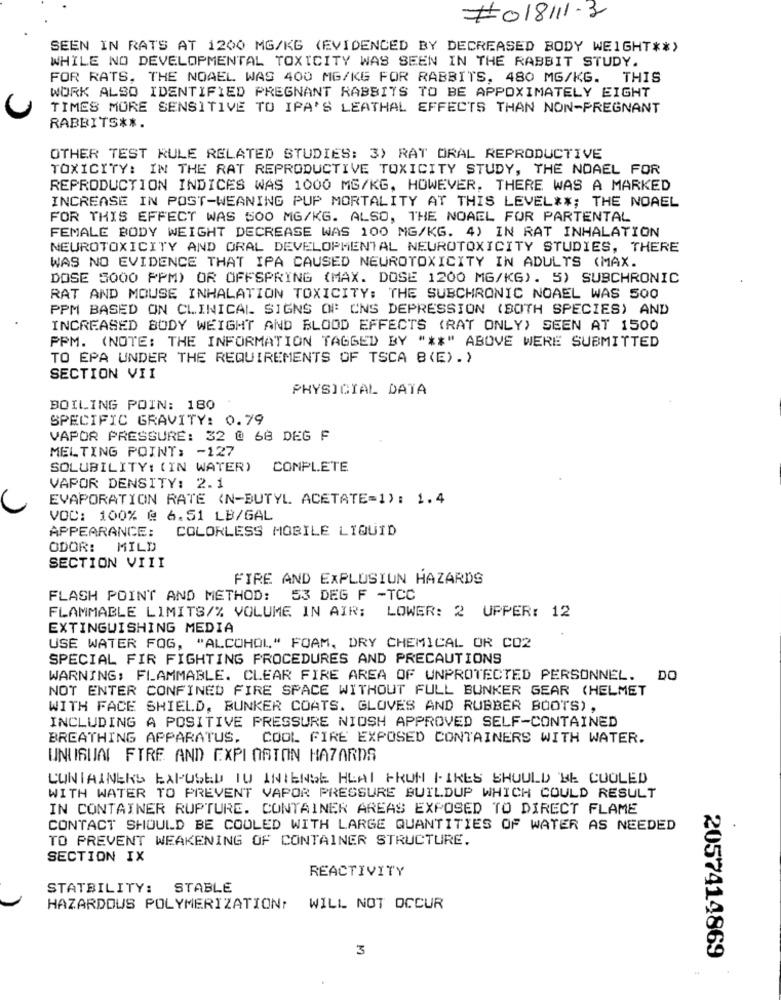
#018111-3
SEEN IN RATS AT 1200 MG/KG (EVIDENCED BY DECREASED BODY WEIGHT ** )
WHILE NO DEVELOPMENTAL TOXICITY WAS SEEN IN THE RABBIT STUDY.
FOR RATS, THE NOAEL WAS 400 MG/KG FOR RABBITS, 480 MG/KG. THIS
WORK ALSO IDENTIFIED PREGNANT RABBITS TO BE APPOXIMATELY EIGHT
TIMES MORE SENSITIVE TO IPA'S LEATHAL EFFECTS THAN NON-PREGNANT
RABBITS **.
OTHER TEST RULE RELATED STUDIES: 3) RAT ORAL REPRODUCTIVE
TOXICITY: IN THE RAT REPRODUCTIVE TOXICITY STUDY, THE NOAEL FOR
REPRODUCTION INDICES WAS 1000 MG/KG, HOWEVER, THERE WAS A MARKED
INCREASE IN POST-WEANING PUP MORTALITY AT THIS LEVEL **; THE NOAEL
FOR THIS EFFECT WAS 500 MG/KG. ALSO, THE NOAEL FOR PARTENTAL
FEMALE BODY WEIGHT DECREASE WAS 100 MG/KG. 4) IN RAT INHALATION
NEUROTOXICITY AND ORAL DEVELOPMENTAL NEUROTOXICITY STUDIES, THERE
WAS NO EVIDENCE THAT IPA CAUSED NEUROTOXICITY IN ADULTS (MAX.
DOSE 5000 PPM) OR OFFSPRING (MAX. DOSE 1200 MG/KG). 5) SUBCHRONIC
RAT AND MOUSE INHALATION TOXICITY: THE SUBCHRONIC NOAEL WAS 500
PPM BASED ON CLINICAL SIGNS OF CNS DEPRESSION (BOTH SPECIES) AND
INCREASED BODY WEIGHT AND BLOOD EFFECTS (RAT ONLY) SEEN AT 1500
PPM. (NOTE: THE INFORMATION TAGGED BY " ** " ABOVE WERE SUBMITTED
TO EPA UNDER THE REQUIREMENTS OF TSCA B(E).)
SECTION VII
PHYSICIAL DATA
BOILING POIN: 180
SPECIFIC GRAVITY: 0.79
VAPOR PRESSURE: 32 @ 68 DEG F
MELTING POINT: - 127
SOLUBILITY: (IN WATER)
COMPLETE
VAPOR DENSITY: 2.1
EVAPORATION RATE (N-BUTYL ACETATE=1): 1.4
VOC: 100% @ 6.51 LB/GAL
COLORLESS MOBILE LIQUID
APPEARANCE:
ODOR:
MILD
SECTION VIII
FIRE AND ExPLUSIUN HAZARDS
FLASH POINT AND METHOD: 53 DEG F -TCC
FLAMMABLE LIMITS/% VOLUME IN AIR; LOWER: 2 UPPER: 12
EXTINGUISHING MEDIA
USE WATER FOG, "ALCOHOL" FOAM, DRY CHEMICAL OR CO2
SPECIAL FIR FIGHTING PROCEDURES AND PRECAUTIONS
WARNING: FLAMMABLE. CLEAR FIRE AREA OF UNPROTECTED PERSONNEL. DO
NOT ENTER CONFINED FIRE SPACE WITHOUT FULL BUNKER GEAR (HELMET
WITH FACE SHIELD, BUNKER COATS. GLOVES AND RUBBER BOOTS),
INCLUDING A POSITIVE PRESSURE NIOSH APPROVED SELF-CONTAINED
BREATHING APPARATUS, COOL FIRE EXPOSED CONTAINERS WITH WATER.
UNUSUAL FIRE AND EXPI ORTON HAZARDS
CONTAINERS EAPUSED TU INTENSE HLAI FRUN FIRES SHOULD BE COOLED
WITH WATER TO PREVENT VAPOR PRESSURE BUILDUP WHICH COULD RESULT
IN CONTAINER RUPTURE. CONTAINER AREAS EXPOSED TO DIRECT FLAME
CONTACT SHOULD BE COOLED WITH LARGE QUANTITIES OF WATER AS NEEDED
TO PREVENT WEAKENING OF CONTAINER STRUCTURE.
SECTION IX
REACTIVITY
STATBILITY:
STABLE
HAZARDOUS POLYMERIZATION, WILL NOT OCCUR
3
2057414869